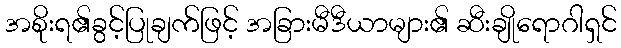
အစိုးရ၏ခွင့်ပြုချက်ဖြင့် အခြားမီဒီယာများ၏ ဆီးချိုရောဂါရှင်